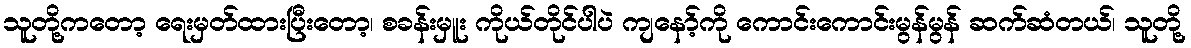
သူတို့ကတော့ ရေးမှတ်ထားပြီးတော့၊ စခန်းမှူး ကိုယ်တိုင်ပါပဲ ကျနော့်ကို ကောင်းကောင်းမွန်မွန် ဆက်ဆံတယ်၊ သူတို့